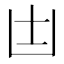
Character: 𠙽